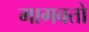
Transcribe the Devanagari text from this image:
मागवतो